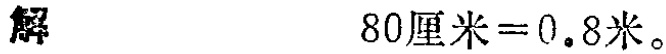
解

\(80\text{厘米}=0.8\text{米}\)。